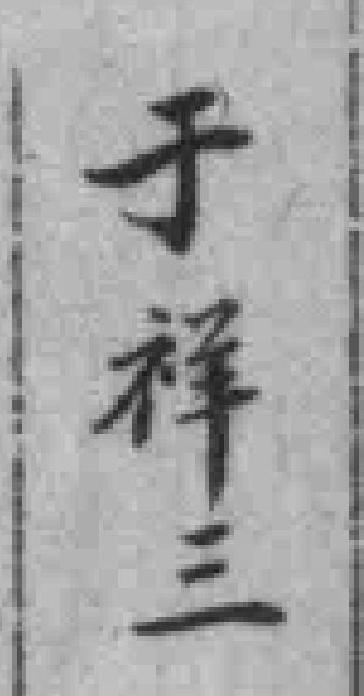
于祥三